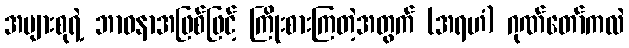
အများစုရဲ့ ဘာဝနာအဖြစ်ဖြင့် ကြိုးစားကြတဲ့အတွက် (အရဟံ) ဂုဏ်တော်ကလဲ